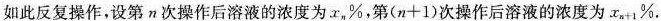
如此反复操作，设第π次操作后溶液的浓度为x_{n}%，第$$( n + 1 )$$次操作后溶液的浓度为$$x _ { n + 1 } %$$。